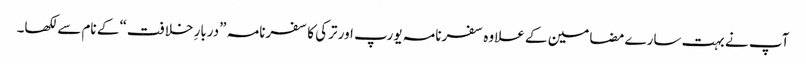
آپ نے بہت سارے مضامین کے علاوہ سفرنامہ یورپ اور ترکی کا سفرنامہ ”دربارِ خلافت“ کے نام سے لکھا۔